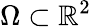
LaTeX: \Omega\subset{\mathbb{R}}^{2}